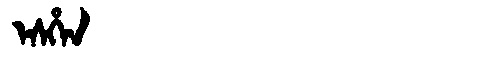
Manchu: ᡝᠰᡥᡝᠨ
Romanization: ESHEN